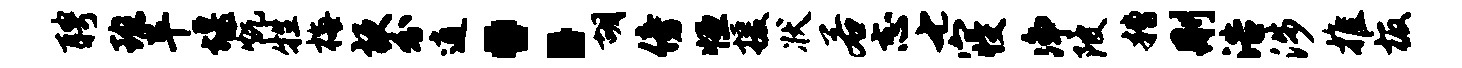
聘班平堰炕牲梅梗分逍：胡傍恒援状若志七寝净陂糟删浩涉推板